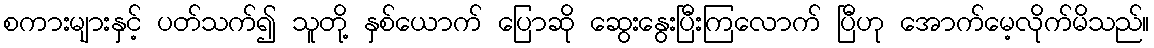
စကားများနှင့် ပတ်သက်၍ သူတို့ နှစ်ယောက် ပြောဆို ဆွေးနွေးပြီးကြလောက် ပြီဟု အောက်မေ့လိုက်မိသည်။